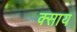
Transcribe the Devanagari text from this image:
क्साय